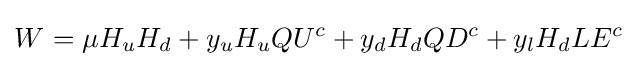
W_{}^{}=\mu H_{u}H_{d}+y_{u}H_{u}QU^{c}+y_{d}H_{d}QD^{c}+y_{l}H_{d}LE^{c}